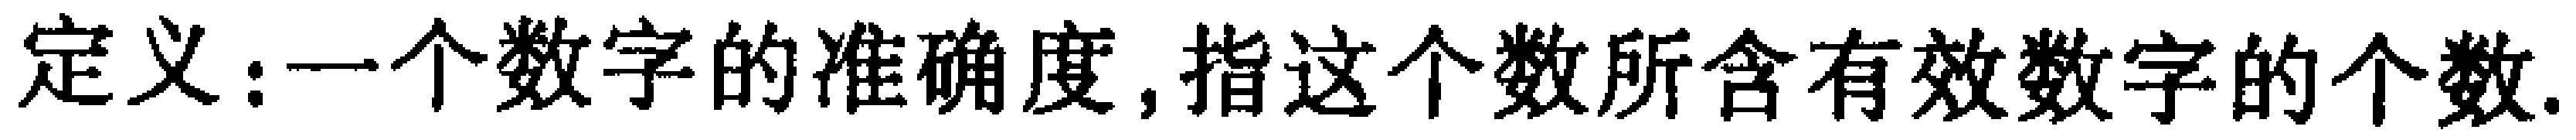
定义：一个数字的准确度,指这个数所含有效数字的个数.